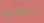
ننجب